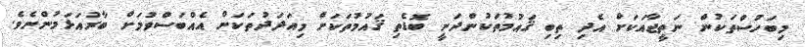
މިބަހުސްތަކުން ނަތީޖާއަކަށް އެދި ތިބި ޤައުމުތަކުންދަނީ ބޮޑެތި ޤަަައުމުތަކަށް މިއަދަދުތަކަށް އެއްބަސްވުމަށް ބާރުއަޅަމުންނެވެ.